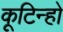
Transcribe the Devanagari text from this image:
कूटिन्हो